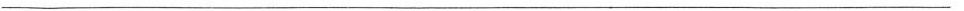
___